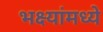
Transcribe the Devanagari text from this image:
भक्ष्यांमध्ये